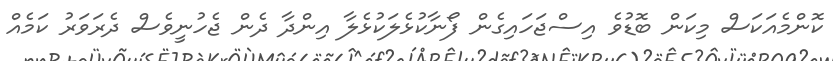
ކޮންމެއަކަސް މިކަން ބޮޑުވެ އިސްޖަހައިގެން ފޯނާކުޅެލަކުޅެލާ އިންދާ ދެން ޖެހުނީވެސް ދެރަވަރު ކަމެއް